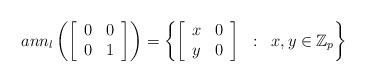
LaTeX: \begin{align*} ann_l\left(\left[\begin{array}{cc}0&0\\0&1\end{array}\right]\right)=\left\{\left[\begin{array}{cc}x&0\\y&0\end{array}\right]\;\;:\;\;x,y\in\mathbb Z_p\right\}\end{align*}